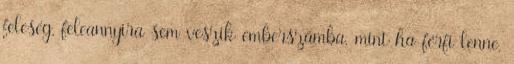
feleség, feleannyira sem veszik emberszámba, mint ha férfi lenne,